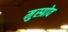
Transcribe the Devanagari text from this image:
मुस्ग्रोव